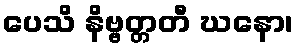
ပေသိ နိဗ္ဗတ္တတီ ဃနော၊